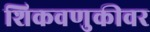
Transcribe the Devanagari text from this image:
शिकवणुकीवर